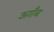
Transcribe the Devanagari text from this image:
ऊराँव